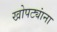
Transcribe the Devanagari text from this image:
खोपट्यांना